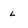
Character: l